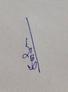
Signature authenticity: genuine